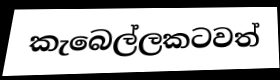
කැබෙල්ලකටවත්